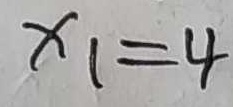
x _ { 1 } = 4